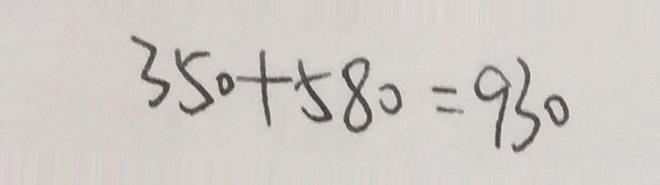
3 5 0 + 5 8 0 = 9 3 0